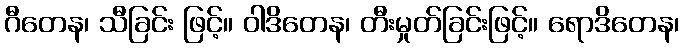
ဂီတေန၊ သီခြင်း ဖြင့်။ ဝါဒိတေန၊ တီးမှုတ်ခြင်းဖြင့်။ ရောဒိတေန၊